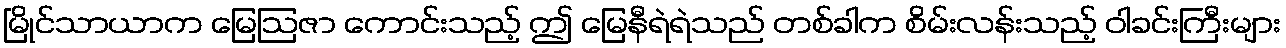
မြိုင်သာယာက မြေဩဇာ ကောင်းသည့် ဤ မြေနီရဲရဲသည် တစ်ခါက စိမ်းလန်းသည့် ဝါခင်းကြီးများ